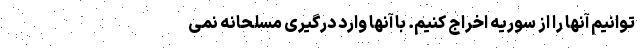
توانیم آنها را از سوریه اخراج کنیم. با آنها وارد درگیری مسلحانه نمی